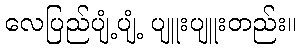
လေပြည်ပျံ့ပျံ့ ပျူးပျူးတည်း။